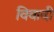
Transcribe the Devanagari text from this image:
विवादी